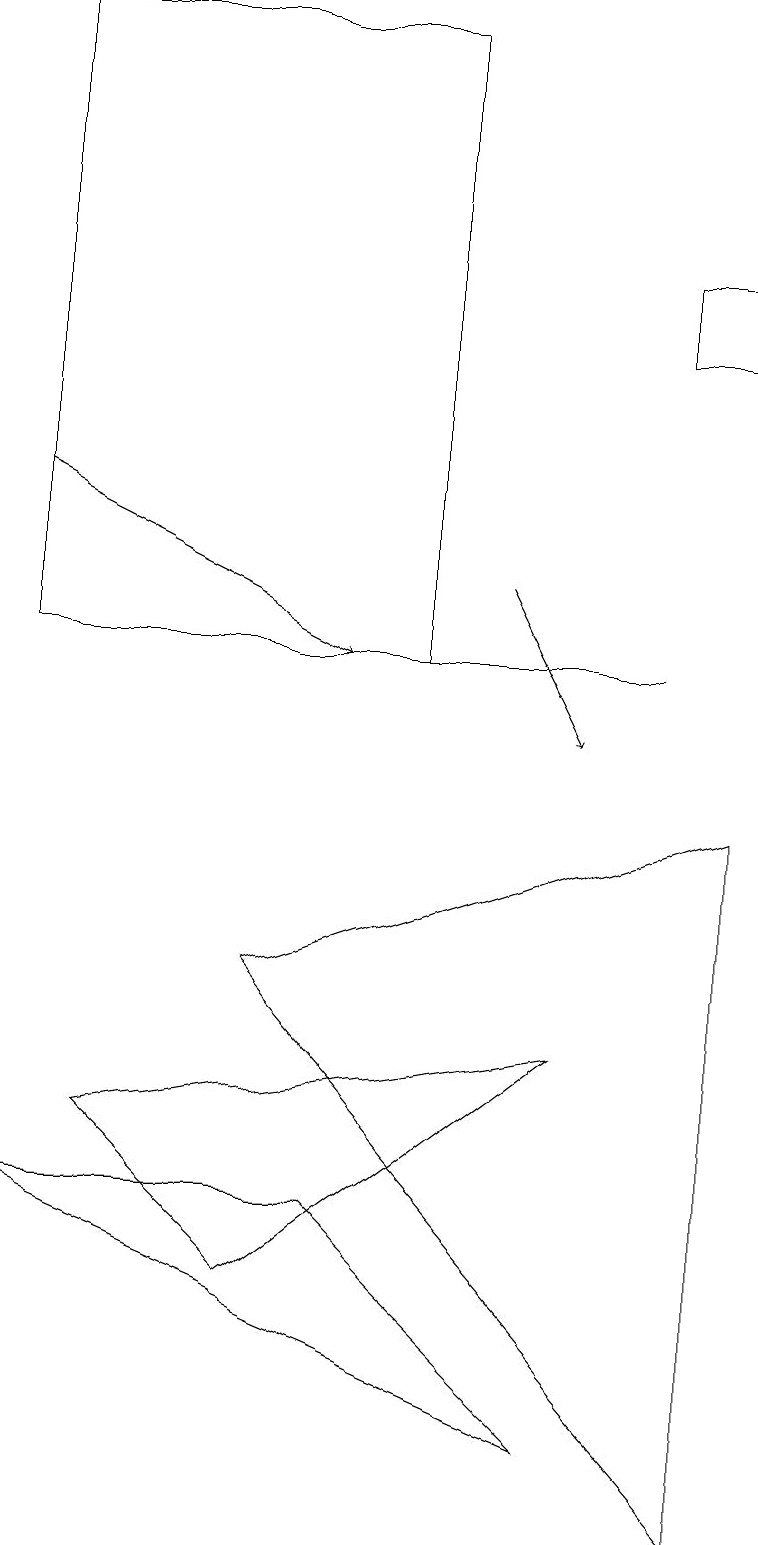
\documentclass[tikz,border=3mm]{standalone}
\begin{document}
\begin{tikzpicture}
\draw (7,1) -- (0,4) -- (4,4) -- cycle;
\draw (7,6) -- (1,5) -- (3,3) -- cycle;
\draw (5,19) rectangle (0,11);
\draw (8,16) rectangle (9,15);
\draw[->] (6,12) -- (7,10);
\draw (5,11) rectangle (8,11);
\draw[->] (0,13) -- (4,11);
\draw (9,9) -- (3,7) -- (9,0) -- cycle;
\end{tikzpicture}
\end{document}